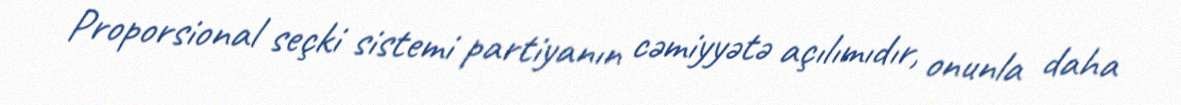
Proporsional seçki sistemi partiyanın cəmiyyətə açılımıdır, onunla daha